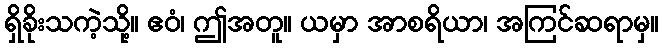
ရှိခိုးသကဲ့သို့။ ဧဝံ၊ ဤအတူ။ ယမှာ အာစရိယာ၊ အကြင်ဆရာမှ။